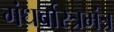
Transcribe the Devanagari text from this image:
गंधर्वास्त्रमंत्र